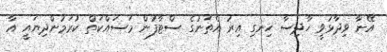
އޭނާ ވިދާޅުވީ ހާދިސާ ހިނގި އިރު އެތަނުގެ ސްޓާފުން މަސައްކަތް ކުރަމުންދިޔައީ އާ